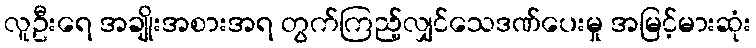
လူဦးရေ အချိုးအစားအရ တွက်ကြည့်လျှင်သေဒဏ်ပေးမှု အမြင့်မားဆုံး